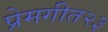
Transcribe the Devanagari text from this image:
प्रेमगीत२३